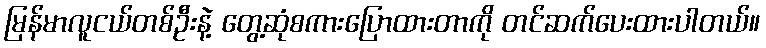
မြန်မာလူငယ်တစ်ဦးနဲ့ တွေ့ဆုံစကားပြောထားတာကို တင်ဆက်ပေးထားပါတယ်။